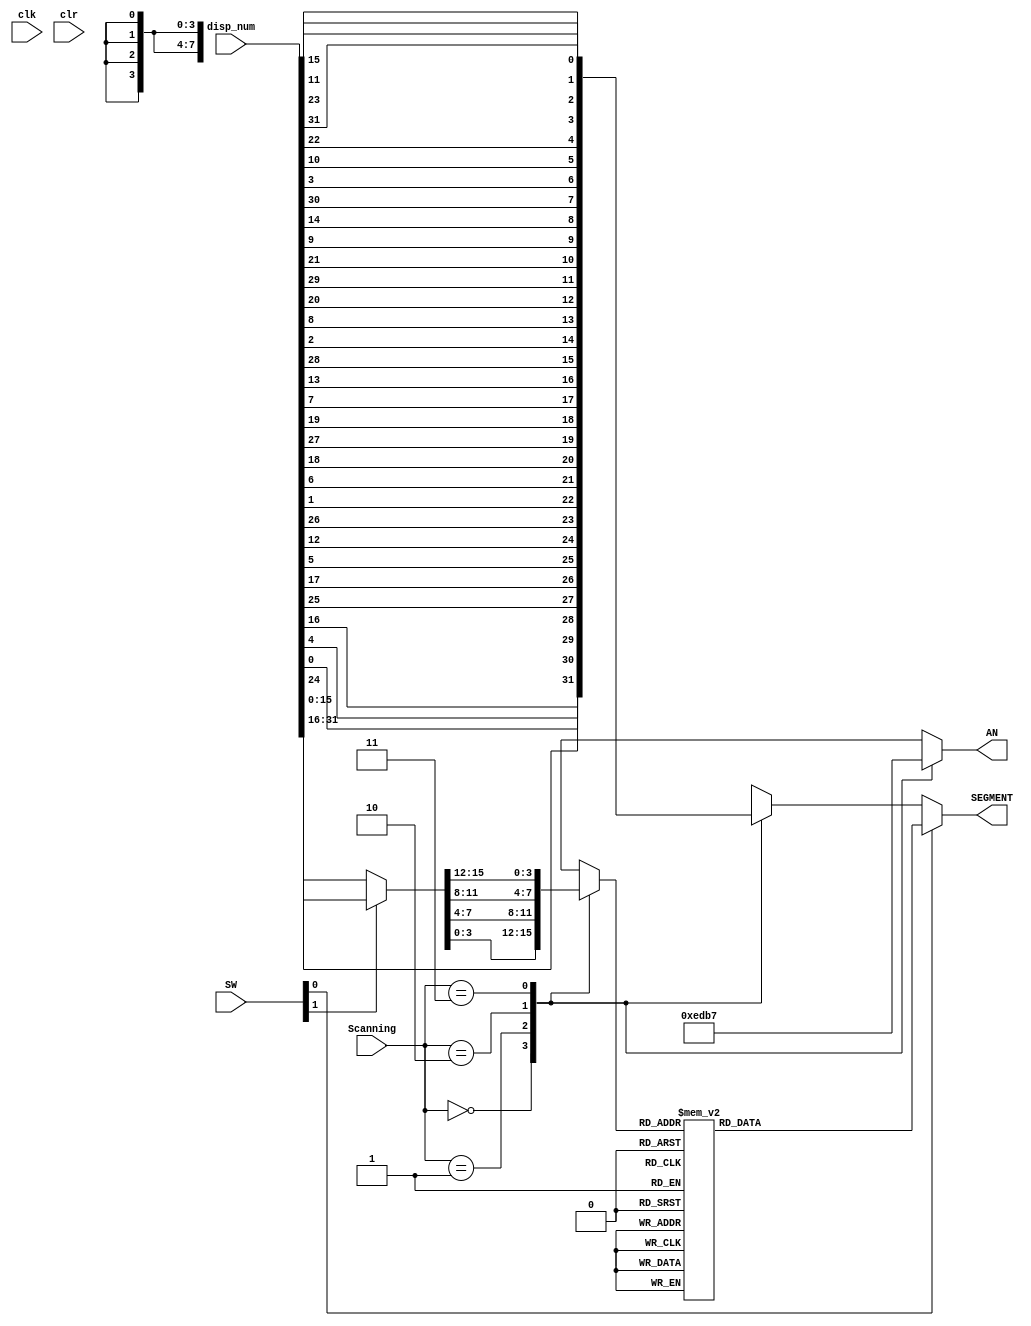
`timescale 1ns / 1ps
//////////////////////////////////////////////////////////////////////////////////
// CompANy: 
// Engineer: 
// 
// Design Name: 
// Module Name:    x7seg 
// Project Name: 
// Target Devices: 
// Tool versions: 
// Description: 
//
// Dependencies: 
//
// Revision: 
// Revision 0.01 - File Created
// Additional Comments: 
//
//////////////////////////////////////////////////////////////////////////////////
module seven_seg_dev(
	input wire [31:0] disp_num,
	input wire clk,
	input wire clr,
	input	wire [1:0]SW,
	input wire [1:0] Scanning,
	output wire [7:0] SEGMENT,
	output reg [3:0] AN
	);
reg [3:0] digit;
reg [7:0] temp_seg, digit_seg;
wire [15:0] disp_current;
assign SEGMENT = SW[0] ? digit_seg : temp_seg; // 01:16
assign disp_current = SW[1] ? disp_num[31:16] : disp_num[15:0];// 0:16,1:16
always @(*) begin
	AN = 4'b1111;
	case (Scanning) // temp_seg7
		0: begin // disp_num[7:0]
				AN = 4'b1110;
				digit = disp_current[3:0]; //16D3~D0D19~D16
				temp_seg = {disp_num[24], disp_num[0], disp_num[4], disp_num[16],
								disp_num[25], disp_num[17], disp_num[5], disp_num[12]}; end
		1: begin // disp_num[15:8]
				AN = 4'b1101;
				digit = disp_current[7:4]; //16D7~D4D23~D20
				temp_seg = {disp_num[26], disp_num[1], disp_num[6], disp_num[18],
								disp_num[27], disp_num[19], disp_num[7], disp_num[13]};end
		2: begin // disp_num[23:16]
				AN = 4'b1011;
				digit = disp_current[11:8]; //16D11~D8D27~D24
				temp_seg = {disp_num[28], disp_num[2], disp_num[8], disp_num[20],
				disp_num[29], disp_num[21], disp_num[9], disp_num[14]};end
		3: begin // disp_num[31:24]
				AN = 4'b0111;
				digit = disp_current[15:12]; //16D15~D12D31~D28
				temp_seg = {disp_num[30], disp_num[3], disp_num[10], disp_num[22],
				disp_num[31], disp_num[23], disp_num[11], disp_num[15]};end
	endcase
	case (digit) 
		4'h0: digit_seg = 7'b0000001; 
		4'h1: digit_seg = 7'b1001111; 
		4'h2: digit_seg = 7'b0010010; 
		4'h3: digit_seg = 7'b0000110; 
		4'h4: digit_seg = 7'b1001100; 
		4'h5: digit_seg = 7'b0100100; 
		4'h6: digit_seg = 7'b0100000; 
		4'h7: digit_seg = 7'b0001111; 
		4'h8: digit_seg = 7'b0000000; 
		4'h9: digit_seg = 7'b0000100; 
		4'hA: digit_seg = 7'b0001000; 
		4'hB: digit_seg = 7'b1100000; 
		4'hC: digit_seg = 7'b0110001; 
		4'hD: digit_seg = 7'b1000010; 
		4'hE: digit_seg = 7'b0110000; 
		4'hF: digit_seg = 7'b0111000; 
	endcase
	end//7
endmodule